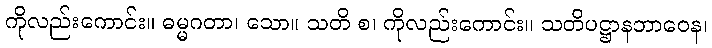
ကိုလည်းကောင်း။ ဓမ္မဂတာ၊ သော။ သတိ စ၊ ကိုလည်းကောင်း။ သတိပဋ္ဌာနဘာဝေန၊